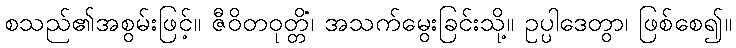
စသည်၏အစွမ်းဖြင့်။ ဇီဝိတဝုတ္တိံ၊ အသက်မွေးခြင်းသို့။ ဥပ္ပါဒေတွာ၊ ဖြစ်စေ၍။